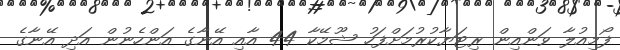
ފޯމިއުލާ ވަންއިން ރިޓަޔާކުރުމަށްފަހު ޝޫމޭކާ 44 އާއި އޭނާގެ އަންހެނުން އަދި އޭނާގެ